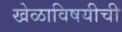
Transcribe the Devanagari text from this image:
खेळाविषयीची